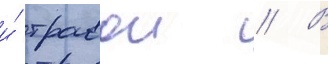
и́ травои // В